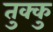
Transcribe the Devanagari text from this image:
तुक्कु